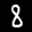
Label: 8